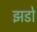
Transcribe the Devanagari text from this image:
झडो